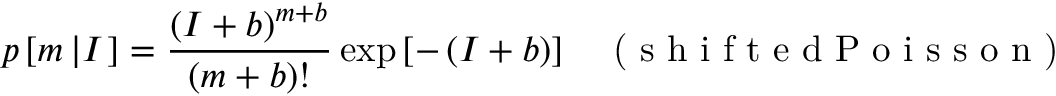
p \left[ m \left| I \right. \right] = \frac { \left( I + b \right) ^ { m + b } } { \left( m + b \right) ! } \exp \left[ - \left( I + b \right) \right] \; \; \; \textrm { ( s h i f t e d P o i s s o n ) }